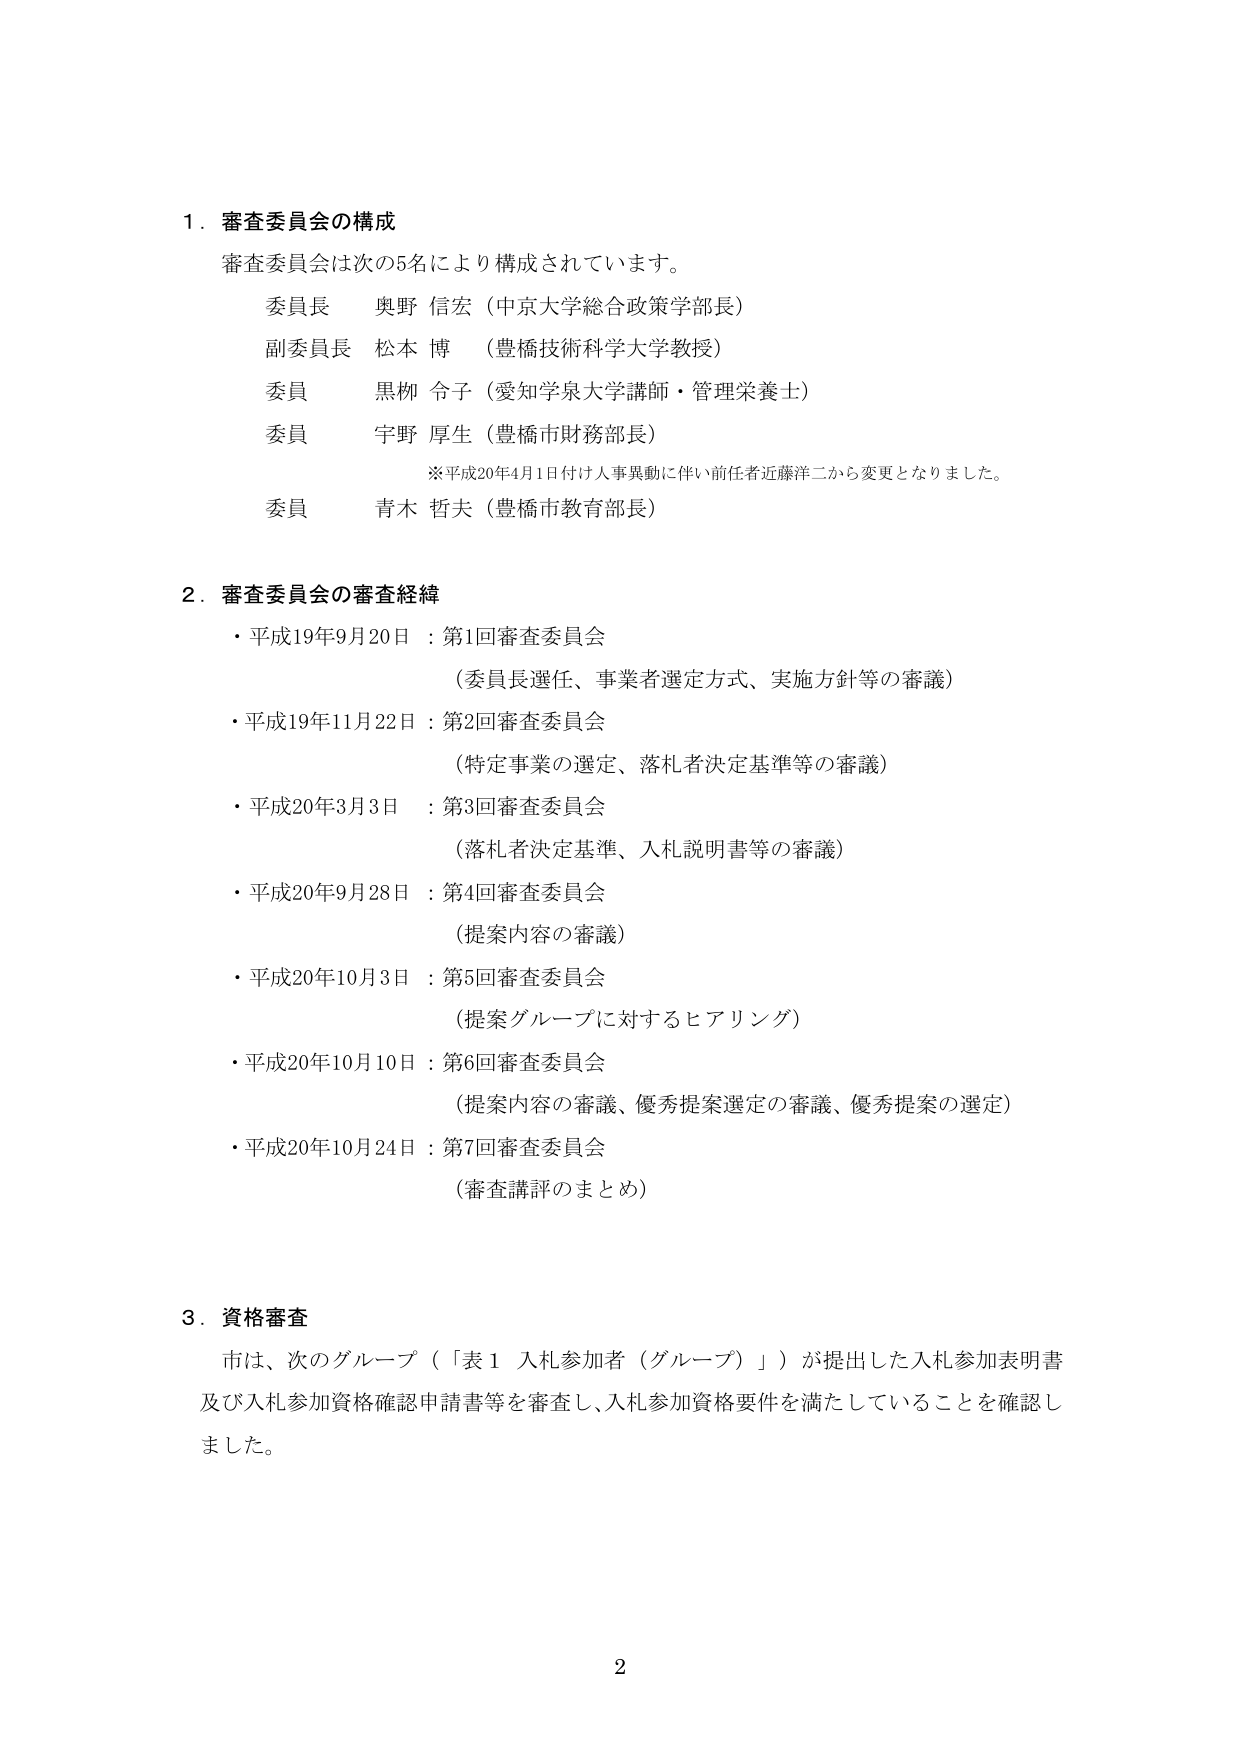
1．審査委員会の構成
審査委員会は次の5名により構成されています。
　委員長　奥野 信宏（中京大学総合政策学部長）
　副委員長　松本 博（豊橋技術科学大学教授）
　委員　黒柳 令子（愛知学泉大学講師・管理栄養士）
　委員　宇野 厚生（豊橋市財務部長）
　　　　※平成20年4月1日付け人事異動に伴い前任者近藤洋二から変更となりました。
　委員　青木 哲夫（豊橋市教育長）

2．審査委員会の審査経緯
　・平成19年9月20日：第1回審査委員会
　　　（委員長選任、事業者選定方式、実施方針等の審議）
　・平成19年11月22日：第2回審査委員会
　　　（特定事業の選定、落札者決定基準等の審議）
　・平成20年3月3日：第3回審査委員会
　　　（落札者決定基準、入札説明書等の審議）
　・平成20年9月28日：第4回審査委員会
　　　（提案内容の審議）
　・平成20年10月3日：第5回審査委員会
　　　（提案グループに対するヒアリング）
　・平成20年10月10日：第6回審査委員会
　　　（提案内容の審議、優秀提案選定の審議、優秀提案の選定）
　・平成20年10月24日：第7回審査委員会
　　　（審査講評のまとめ）

3．資格審査
　市は、次のグループ（「表1 入札参加者（グループ）」）が提出した入札参加表明書
及び入札参加資格確認申請書等を審査し、入札参加資格要件を満たしていることを確認し
ました。

2